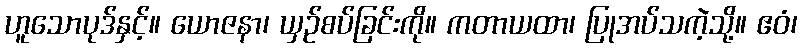
ဟူသောပုဒ်နှင့်။ ယောဇနာ၊ ယှဉ်စပ်ခြင်းကို။ ကတာယထာ၊ ပြုအပ်သကဲ့သို့။ ဧဝံ၊